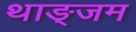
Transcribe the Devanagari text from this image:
थाङ्जम